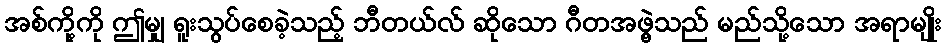
အစ်ကို့ကို ဤမျှ ရူးသွပ်စေခဲ့သည့် ဘီတယ်လ် ဆိုသော ဂီတအဖွဲ့သည် မည်သို့သော အရာမျိုး